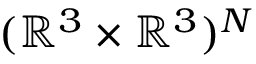
( \mathbb { R } ^ { 3 } \times \mathbb { R } ^ { 3 } ) ^ { N }